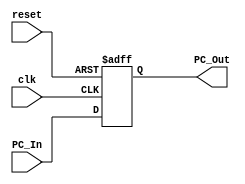
module PC(
	input [63:0] PC_In,
	input clk,reset,
	output reg [63:0] PC_Out
);

always @ (posedge clk or posedge reset)
begin
	if (reset)
		PC_Out = 64'd0;
	else
		PC_Out <= PC_In;
end

endmodule